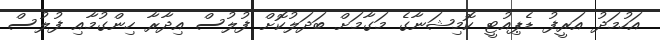
އަހުމަދު އަރީފު ޑެޕިއުޓީ ކޮމިޝަނާގެ މަގާމަށް ބަދަލުކޮށް ފުލުސް އިދާރާ ހިންގުމާއި ފުލުސް